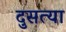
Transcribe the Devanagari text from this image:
दुसत्‍या